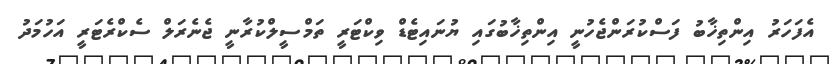
އެފަހަރު އިންތިޚާބު ފަސްކުރަންޖެހުނީ އިންތިޚާބުގައި ޔުނައިޓެޑް ވިކްޓަރީ ތަމްސީލްކުރާނީ ޖެނެރަލް ސެކްރެޓަރީ އަހުމަދު